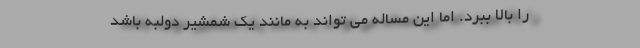
را بالا ببرد. اما اين مساله مي تواند به مانند يك شمشير دولبه باشد